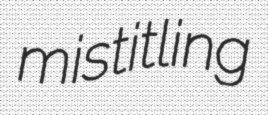
mistitling